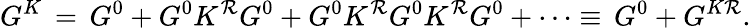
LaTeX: G^{K}\, =\, G^{0}+G^{0}K^{\mathcal{R}}G^{0}+G^{0}K^{\mathcal{R}}G^{0}K^{\mathcal{R}}G^{0}+\cdots\equiv\, G^{0}+G^{K\mathcal{R}}.